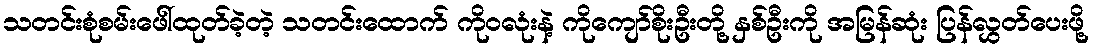
သတင်းစုံစမ်းဖေါ်ထုတ်ခဲ့တဲ့ သတင်းထောက် ကိုဝလုံးနဲ့ ကိုကျော်စိုးဦးတို့ နှစ်ဦးကို အမြန်ဆုံး ပြန်လွှတ်ပေးဖို့